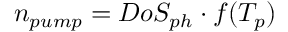
n _ { p u m p } = D o S _ { p h } \cdot f ( T _ { p } )